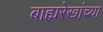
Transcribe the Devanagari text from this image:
बाह्यरेखांच्या